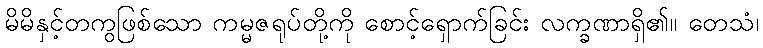
မိမိနှင့်တကွဖြစ်သော ကမ္မဇရုပ်တို့ကို စောင့်ရှောက်ခြင်း လက္ခဏာရှိ၏။ တေသံ၊